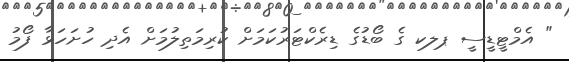
" އެމްޓީޑީސީ ޕލކ ގެ ބޯޑުގެ ޑިރެކްޓަރުކަމަށް ކުރިމަތިލުމަށް އެދި ހުށަހަޅާ ފޯމު